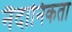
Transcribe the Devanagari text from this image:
नैदानिकता